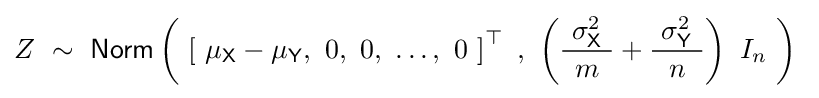
Z~\sim ~{\mathsf {Norm}}\left(\ \left[\ \mu _{\mathsf {X}}-\mu _{\mathsf {Y}},\ 0,\ 0,\ \ldots ,\ 0\ \right]^{\top }\ ,\ \left({\frac {\ \sigma _{\mathsf {X}}^{2}\ }{m}}+{\frac {\ \sigma _{\mathsf {Y}}^{2}\ }{n}}\right)\ I_{n}\ \right)~